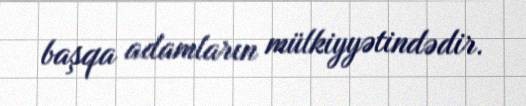
başqa adamların mülkiyyətindədir.